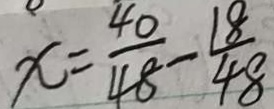
x = \frac { 4 0 } { 4 8 } - \frac { 1 8 } { 4 8 }